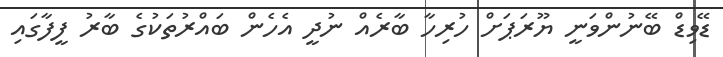
ޑޭވިޑް ބޭނުންވަނީ ޔޫރަޕަށް ހުރިހާ ބާރެއް ނުދީ އެހެން ބައްރުތަކުގެ ބާރު ފީފާގައި